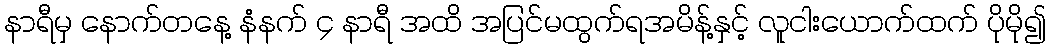
နာရီမှ နောက်တနေ့ နံနက် ၄ နာရီ အထိ အပြင်မထွက်ရအမိန့်နှင့် လူငါးယောက်ထက် ပိုမို၍